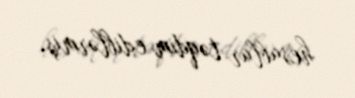
hesablar təqdim ediblərmiş.